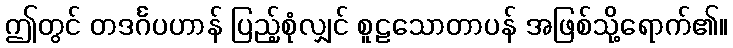
ဤတွင် တဒင်္ဂပဟာန် ပြည့်စုံလျှင် စူဠသောတာပန် အဖြစ်သို့ရောက်၏။